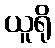
ယူရို